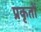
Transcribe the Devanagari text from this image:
प्रकृतों